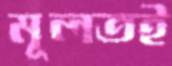
মূলতই